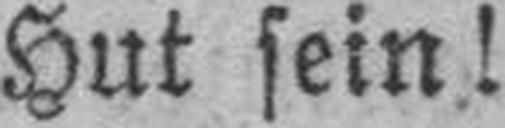
Hut sein!